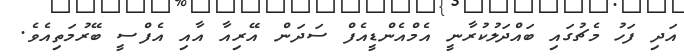
އަދި ފަހު މެޗުގައި ބައްދަލުކުރާނީ އެމްއެންޑީއެފް ސަދަން އޭރިއާ އާއި އެފްސީ ބޭރުމަތިއެވެ.